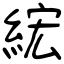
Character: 綋